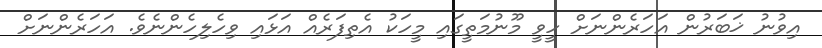
އިވުނު ޚަބަރުން އަހަރެންނަށް ހީވީ މޫނުމަތީގައި މީހަކު އެތިފަރެއް އަޅައި ވިހެލިހެންނެވެ. އަހަރެންނަށް